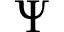
\Psi